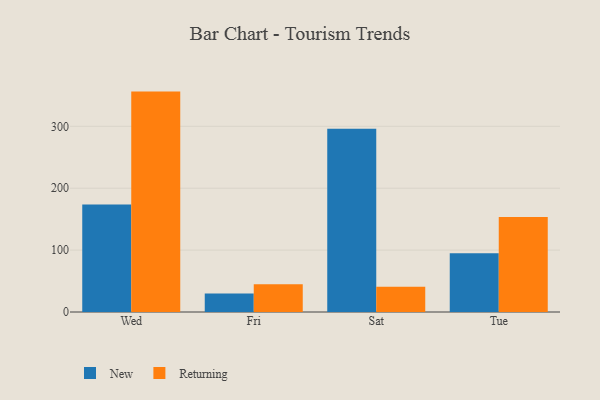
{"axis": {"x": "Day", "y": "Page Views"}, "legend": ["New", "Returning"], "data": [{"x": "Wed", "y": 173.6, "type": "New"}, {"x": "Wed", "y": 356.1, "type": "Returning"}, {"x": "Fri", "y": 30.0, "type": "New"}, {"x": "Fri", "y": 44.8, "type": "Returning"}, {"x": "Sat", "y": 296.2, "type": "New"}, {"x": "Sat", "y": 40.9, "type": "Returning"}, {"x": "Tue", "y": 94.9, "type": "New"}, {"x": "Tue", "y": 153.3, "type": "Returning"}]}